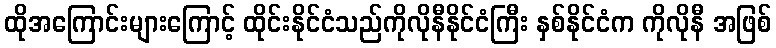
ထိုအကြောင်းများကြောင့် ထိုင်းနိုင်ငံသည်ကိုလိုနီနိုင်ငံကြီး နှစ်နိုင်ငံက ကိုလိုနီ အဖြစ်